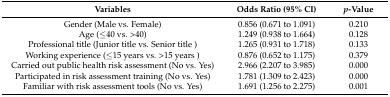
<table><thead><tr><td><b>Variables</b></td><td><b>Odds Ratio (95% CI)</b></td><td><b><i>p</i>-Value</b></td></tr></thead><tbody><tr><td>Gender (Male vs. Female)</td><td>0.856 (0.671 to 1.091)</td><td>0.210</td></tr><tr><td>Age (≤40 vs. &gt;40)</td><td>1.249 (0.938 to 1.664)</td><td>0.128</td></tr><tr><td>Professional title (Junior title vs. Senior title )</td><td>1.265 (0.931 to 1.718)</td><td>0.133</td></tr><tr><td>Working experience (≤15 years vs. &gt;15 years )</td><td>0.876 (0.652 to 1.175)</td><td>0.379</td></tr><tr><td>Carried out public health risk assessment (No vs. Yes)</td><td>2.966 (2.207 to 3.985)</td><td>0.000</td></tr><tr><td>Participated in risk assessment training (No vs. Yes)</td><td>1.781 (1.309 to 2.423)</td><td>0.000</td></tr><tr><td>Familiar with risk assessment tools (No vs. Yes)</td><td>1.691 (1.256 to 2.275)</td><td>0.001</td></tr></tbody></table>